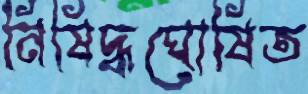
নিষিদ্ধঘোষিত